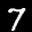
Label: 7